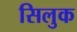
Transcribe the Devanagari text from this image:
सिलुक